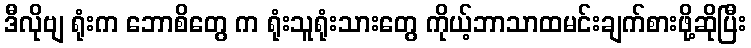
ဒီလိုဗျ ရုံးက ဘောစိတွေ က ရုံးသူရုံးသားတွေ ကိုယ့်ဘာသာထမင်းချက်စားဖို့ဆိုပြီး